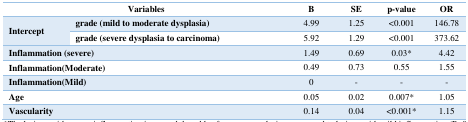
<table><thead><tr><td colspan="2"><b>Variables</b></td><td><b>B</b></td><td><b>SE</b></td><td><b>p-value</b></td><td><b>OR</b></td></tr></thead><tbody><tr><td rowspan="2">Intercept</td><td><b>grade (</b><b>mild to moderate dysplasia</b><b>)</b></td><td>4.99</td><td>1.25</td><td>&lt;0.001</td><td>146.78</td></tr><tr><td><b>grade (</b><b>severe dysplasia to carcinoma</b><b>)</b></td><td>5.92</td><td>1.29</td><td>&lt;0.001</td><td>373.62</td></tr><tr><td colspan="2">Inflammation (severe)</td><td>1.49</td><td>0.69</td><td>0.03*</td><td>4.42</td></tr><tr><td colspan="2">Inflammation(Moderate)</td><td>0.49</td><td>0.73</td><td>0.55</td><td>1.55</td></tr><tr><td colspan="2">Inflammation(Mild)</td><td>0</td><td>-</td><td>-</td><td>-</td></tr><tr><td colspan="2">Age</td><td>0.05</td><td>0.02</td><td>0.007*</td><td>1.05</td></tr><tr><td colspan="2">Vascularity</td><td>0.14</td><td>0.04</td><td>&lt;0.001*</td><td>1.15</td></tr></tbody></table>